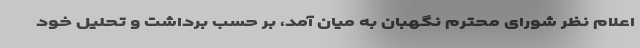
اعلام نظر شورای محترم نگهبان به میان آمد، بر حسب برداشت و تحلیل خود